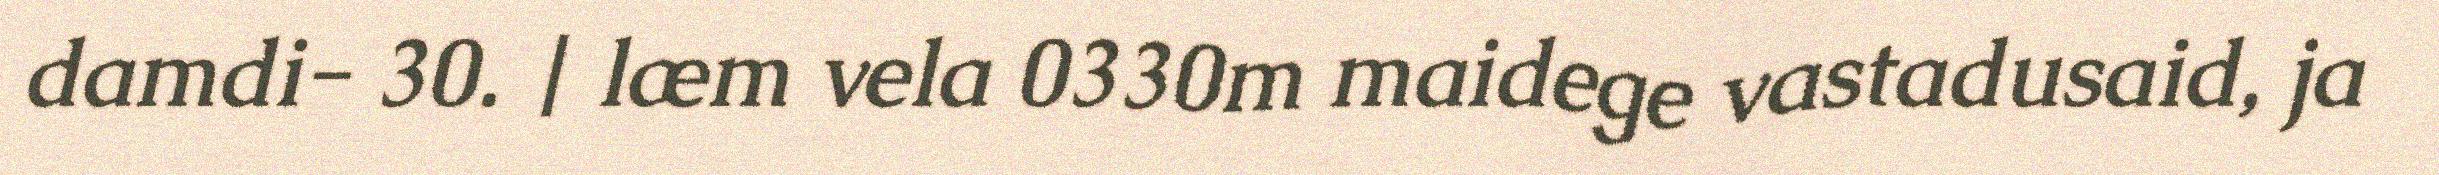
damdi- 30. | læm vela 0330m maidege vastadusaid, ja